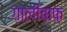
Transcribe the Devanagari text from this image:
ग़ालीबाफ़